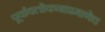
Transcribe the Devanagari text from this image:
पूर्वावलोकनाप्रमाणेच